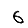
Digit: 6